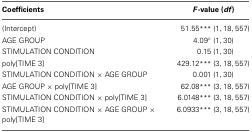
| Coefficients | F-value (df) |
 | --- | --- |
 | (Intercept) | 51.55*** (1, 18, 557) |
 | AGE GROUP | 4.09° (1, 30) |
 | STIMULATION CONDITION | 0.15 (1, 30) |
 | poly[TIME 3] | 429.12*** (3, 18, 557) |
 | STIMULATION CONDITION × AGE GROUP | 0.001 (1, 30) |
 | AGE GROUP × poly[TIME 3] | 62.08*** (3, 18, 557) |
 | STIMULATION CONDITION × poly[TIME 3] | 6.0148*** (3, 18, 557) |
 | STIMULATION CONDITION × AGE GROUP × poly[TIME 3] | 6.0933*** (3, 18, 557) |